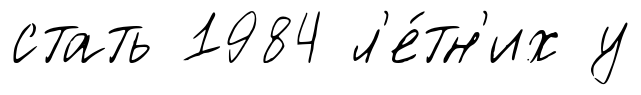
стать 1984 л'е́тн'их у